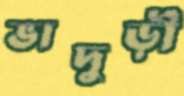
ভাদুড়ী